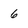
Character: 6